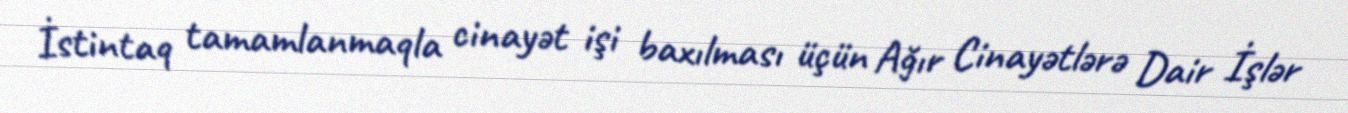
İstintaq tamamlanmaqla cinayət işi baxılması üçün Ağır Cinayətlərə Dair İşlər